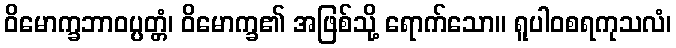
ဝိမောက္ခဘာဝပ္ပတ္တံ၊ ဝိမောက္ခ၏ အဖြစ်သို့ ရောက်သော။ ရူပါဝစရကုသလံ၊